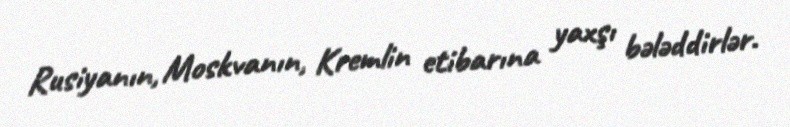
Rusiyanın, Moskvanın, Kremlin etibarına yaxşı bələddirlər.